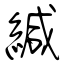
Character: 緘